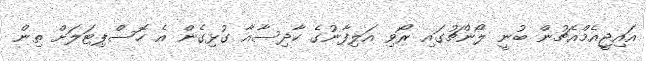
އައިޖީއެމްއެޗުން ބުނީ ލޯންޗުގައި ރޯވި އަލިފާނުގެ ހާދިސާއާ ގުޅިގެން އެ ހޮސްޕިޓަލަށް ތިން